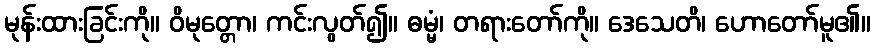
မုန်းထားခြင်းကို။ ဝိမုတ္တော၊ ကင်းလွတ်၍။ ဓမ္မံ၊ တရားတော်ကို။ ဒေသေတိ၊ ဟောတော်မူ၏။